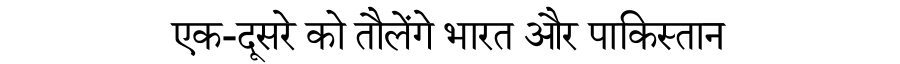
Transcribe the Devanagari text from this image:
एक-दूसरे को तौलेंगे भारत और पाकिस्तान